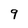
Character: 9